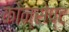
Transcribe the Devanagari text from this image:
कोन्सेप्ट